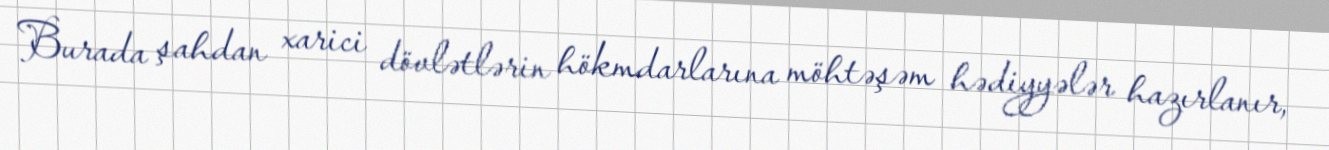
Burada şahdan xarici dövlətlərin hökmdarlarına möhtəşəm hədiyyələr hazırlanır,